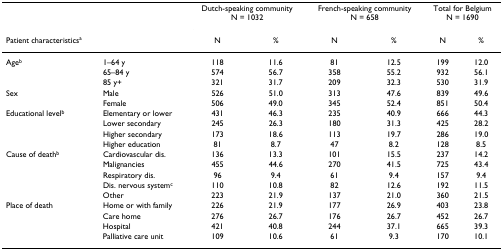
<table><thead><tr><td></td><td></td><td colspan="2"><b>Dutch-speaking communityN = 1032</b></td><td colspan="2"><b>French-speaking communityN = 658</b></td><td colspan="2"><b>Total for BelgiumN = 1690</b></td></tr><tr><td><b>Patient characteristics<sup>a</sup></b></td><td></td><td><b>N</b></td><td><b>%</b></td><td><b>N</b></td><td><b>%</b></td><td><b>N</b></td><td><b>%</b></td></tr></thead><tbody><tr><td>Age<sup>b</sup></td><td>1–64 y</td><td>118</td><td>11.6</td><td>81</td><td>12.5</td><td>199</td><td>12.0</td></tr><tr><td></td><td>65–84 y</td><td>574</td><td>56.7</td><td>358</td><td>55.2</td><td>932</td><td>56.1</td></tr><tr><td></td><td>85 y+</td><td>321</td><td>31.7</td><td>209</td><td>32.3</td><td>530</td><td>31.9</td></tr><tr><td>Sex</td><td>Male</td><td>526</td><td>51.0</td><td>313</td><td>47.6</td><td>839</td><td>49.6</td></tr><tr><td></td><td>Female</td><td>506</td><td>49.0</td><td>345</td><td>52.4</td><td>851</td><td>50.4</td></tr><tr><td>Educational level<sup>b</sup></td><td>Elementary or lower</td><td>431</td><td>46.3</td><td>235</td><td>40.9</td><td>666</td><td>44.3</td></tr><tr><td></td><td>Lower secondary</td><td>245</td><td>26.3</td><td>180</td><td>31.3</td><td>425</td><td>28.2</td></tr><tr><td></td><td>Higher secondary</td><td>173</td><td>18.6</td><td>113</td><td>19.7</td><td>286</td><td>19.0</td></tr><tr><td></td><td>Higher education</td><td>81</td><td>8.7</td><td>47</td><td>8.2</td><td>128</td><td>8.5</td></tr><tr><td>Cause of death<sup>b</sup></td><td>Cardiovascular dis.</td><td>136</td><td>13.3</td><td>101</td><td>15.5</td><td>237</td><td>14.2</td></tr><tr><td></td><td>Malignancies</td><td>455</td><td>44.6</td><td>270</td><td>41.5</td><td>725</td><td>43.4</td></tr><tr><td></td><td>Respiratory dis.</td><td>96</td><td>9.4</td><td>61</td><td>9.4</td><td>157</td><td>9.4</td></tr><tr><td></td><td>Dis. nervous system<sup>c</sup></td><td>110</td><td>10.8</td><td>82</td><td>12.6</td><td>192</td><td>11.5</td></tr><tr><td></td><td>Other</td><td>223</td><td>21.9</td><td>137</td><td>21.0</td><td>360</td><td>21.5</td></tr><tr><td>Place of death</td><td>Home or with family</td><td>226</td><td>21.9</td><td>177</td><td>26.9</td><td>403</td><td>23.8</td></tr><tr><td></td><td>Care home</td><td>276</td><td>26.7</td><td>176</td><td>26.7</td><td>452</td><td>26.7</td></tr><tr><td></td><td>Hospital</td><td>421</td><td>40.8</td><td>244</td><td>37.1</td><td>665</td><td>39.3</td></tr><tr><td></td><td>Palliative care unit</td><td>109</td><td>10.6</td><td>61</td><td>9.3</td><td>170</td><td>10.1</td></tr></tbody></table>